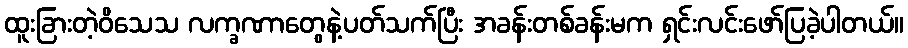
ထူးခြားတဲ့ဝိသေသ လက္ခဏာတွေနဲ့ပတ်သက်ပြီး အခန်းတစ်ခန်းမက ရှင်းလင်းဖော်ပြခဲ့ပါတယ်။